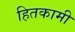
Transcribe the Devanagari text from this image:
हितकामी